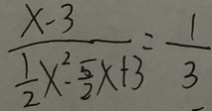
\frac { x - 3 } { \frac { 1 } { 2 } x ^ { 2 } - \frac { 5 } { 2 } x + 3 } = \frac { 1 } { 3 }